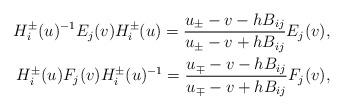
LaTeX: \begin{align*}H_{i}^{\pm}(u)^{-1}E_{j}(v)H_{i}^{\pm}(u)=\frac{u_{\pm}-v-hB_{ij}}{u_{\pm}-v+hB_{ij}}E_{j}(v),\\H_{i}^{\pm}(u)F_{j}(v)H_{i}^{\pm}(u)^{-1}=\frac{u_{\mp}-v-hB_{ij}}{u_{\mp}-v+hB_{ij}}F_{j}(v),\end{align*}